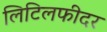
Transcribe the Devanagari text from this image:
लिटिलफीदर